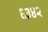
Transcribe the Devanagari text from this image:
६३४२